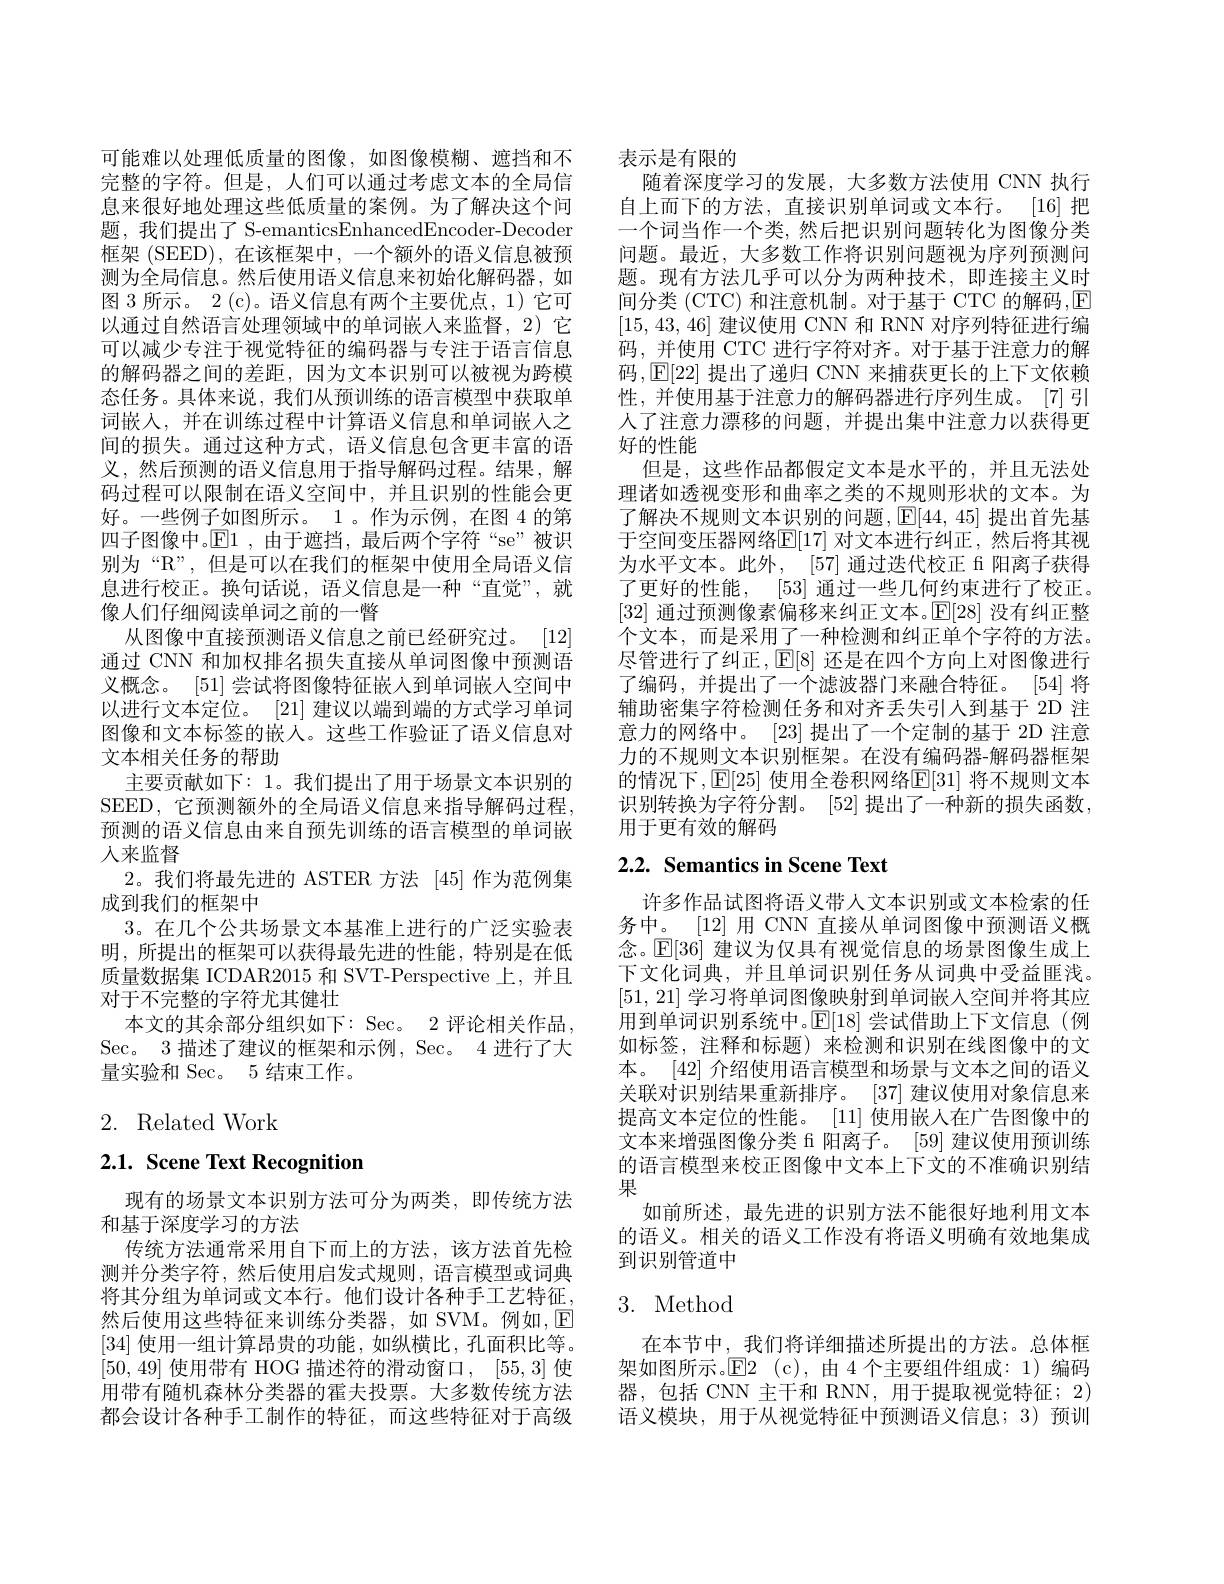
可能难以处理低质量的图像，如图像模糊、遮挡和不完整的字符。但是，人们可以通过考虑文本的全局信息来很好地处理这些低质量的案例。为了解决这个问题，我们提出了 S-emanticsEnhancedEncoder-Decoder 框架 (SEED), 在该框架中，一个额外的语义信息被预测为全局信息。然后使用语义信息来初始化解码器，如图 3 所示。2 (c)。语义信息有两个主要优点，1)它可以通过自然语言处理领域中的单词嵌人来监督，2) 它可以减少专注于视觉特征的编码器与专注于语言信息的解码器之间的差距，因为文本识别可以被视为跨模态任务。具体来说，我们从预训练的语言模型中获取单词嵌人，并在训练过程中计算语义信息和单词嵌人之间的损失。通过这种方式，语义信息包含更丰富的语义，然后预测的语义信息用于指导解码过程。结果，解码过程可以限制在语义空间中，并且识别的性能会更好。一些例子如图所示。1。作为示例，在图 4 的第四子图像中。$\mathbb{E}1$,由于遮挡，最后两个字符“se”被识别为“R”,但是可以在我们的框架中使用全局语义信息进行校正。换句话说，语义信息是一种“直觉”,就像人们仔细阅读单词之前的一瞥
从图像中直接预测语义信息之前已经研究过。[12] 通过 CNN 和加权排名损失直接从单词图像中预测语义概念。[51]尝试将图像特征嵌人到单词嵌入空间中以进行文本定位。[21]建议以端到端的方式学习单词图像和文本标签的嵌人。这些工作验证了语义信息对文本相关任务的帮助
主要贡献如下：1。我们提出了用于场景文本识别的SEED, 它预测额外的全局语义信息来指导解码过程， 预测的语义信息由来自预先训练的语言模型的单词嵌人来监督
2。我们将最先进的 ASTER 方法[45]作为范例集
成到我们的框架中
3。在几个公共场景文本基准上进行的广泛实验表明，所提出的框架可以获得最先进的性能，特别是在低质量数据集 ICDAR2015 和 SVT-Perspective 上，并且对于不完整的字符尤其健壮
本文的其余部分组织如下：Sec。2 评论相关作品， Sec。3 描述了建议的框架和示例，Sec。4 进行了大量实验和 Sec。5 结束工作。

2. Related Work

$2. 1. \textbf{ Scene Text Recognition}$

现有的场景文本识别方法可分为两类，即传统方法
和基于深度学习的方法
传统方法通常采用自下而上的方法，该方法首先检测并分类字符，然后使用启发式规则，语言模型或词典将其分组为单词或文本行。他们设计各种手工艺特征， 然后使用这些特征来训练分类器，如 SVM。例如，E [34]使用一组计算昂贵的功能，如纵横比，孔面积比等。[50,49]使用带有 HOG 描述符的滑动窗口，[55,3]使用带有随机森林分类器的霍夫投票。大多数传统方法都会设计各种手工制作的特征，而这些特征对于高级

表示是有限的
随着深度学习的发展，大多数方法使用 CNN 执行自上而下的方法，直接识别单词或文本行。[16]把一个词当作一个类，然后把识别问题转化为图像分类问题。最近，大多数工作将识别问题视为序列预测问题。现有方法几乎可以分为两种技术，即连接主义时间分类 (CTC) 和注意机制。对于基于 CTC 的解码$,\boxed{\mathrm{E}}$ [15,43,46]建议使用 CNN 和 RNN 对序列特征进行编码，并使用 CTC 进行字符对齐。对于基于注意力的解码$,\operatorname{E}[22]$提出了递归 CNN 来捕获更长的上下文依赖性，并使用基于注意力的解码器进行序列生成。[7]引人了注意力漂移的问题，并提出集中注意力以获得更好的性能
但是，这些作品都假定文本是水平的，并且无法处理诸如透视变形和曲率之类的不规则形状的文本。为了解决不规则文本识别的问题，$\operatorname{E}[44,~45]$提出首先基于空间变压器网络$\mathbb{E}[17]$ 对文本进行纠正，然后将其视为水平文本。此外，[57] 通过迭代校正 f 阳离子获得了更好的性能，[53] 通过一些几何约束进行了校正。[32]通过预测像素偏移来纠正文本。$\mathbb{E}[28]$没有纠正整个文本，而是采用了一种检测和纠正单个字符的方法。尽管进行了纠正，$\mathbb{E}[8]$还是在四个方向上对图像进行了编码，并提出了一个滤波器门来融合特征。[54] 将辅助密集字符检测任务和对齐丢失引人到基于 2D 注意力的网络中。[23] 提出了一个定制的基于 2D 注意力的不规则文本识别框架。在没有编码器-解码器框架的情况下，E[25] 使用全卷积网络$\mathbb{E}[31]$ 将不规则文本识别转换为字符分割。[52] 提出了一种新的损失函数， 用于更有效的解码

# 2.2. Semantics in Scene Text

许多作品试图将语义带人文本识别或文本检索的任务中。[12]用 CNN 直接从单词图像中预测语义概念。$\mathbb{E}[36]$建议为仅具有视觉信息的场景图像生成上下文化词典，并且单词识别任务从词典中受益匪浅。[51,21]学习将单词图像映射到单词嵌入空间并将其应用到单词识别系统中。$\mathbb{E}[18]$尝试借助上下文信息(例如标签，注释和标题)来检测和识别在线图像中的文本。[42] 介绍使用语言模型和场景与文本之间的语义关联对识别结果重新排序。[37]建议使用对象信息来提高文本定位的性能。[11]使用嵌人在广告图像中的文本来增强图像分类 f 阳离子。[59] 建议使用预训练的语言模型来校正图像中文本上下文的不准确识别结果
如前所述，最先进的识别方法不能很好地利用文本的语义。相关的语义工作没有将语义明确有效地集成到识别管道中

## 3. Method

在本节中，我们将详细描述所提出的方法。总体框架如图所示。$\mathbb{E}$2(c),由4个主要组件组成：1)编码器，包括 CNN 主干和 RNN,用于提取视觉特征；2) 语义模块，用于从视觉特征中预测语义信息；3)预训